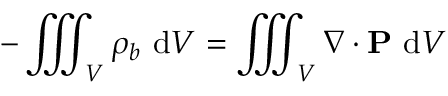
- \iiint _ { V } \rho _ { b } \ \mathrm { d } V = \iiint _ { V } \nabla \cdot \mathbf { P } \ \mathrm { d } V